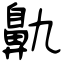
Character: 鼽